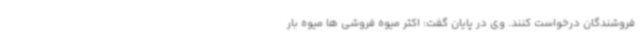
فروشندگان درخواست کنند. وی در پایان گفت: اکثر میوه فروشی ها میوه بار